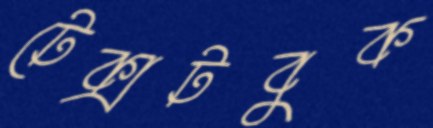
টেক্সটবুক